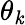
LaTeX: \theta_{\mathit{k}}